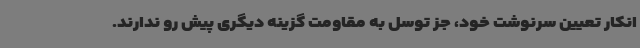
انکار تعیین سرنوشت خود، جز توسل به مقاومت گزینه دیگری پیش رو ندارند.